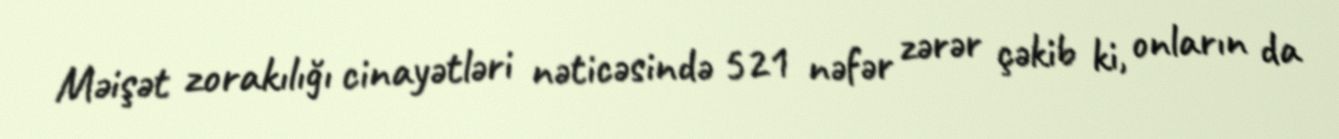
Məişət zorakılığı cinayətləri nəticəsində 521 nəfər zərər çəkib ki, onların da